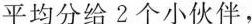
平均分给2个小伙伴，